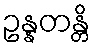
ဥန္နတန္တိ